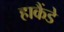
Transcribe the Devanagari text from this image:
हाकैंडे